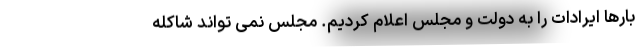
بارها ایرادات را به دولت و مجلس اعلام کردیم. مجلس نمی تواند شاکله